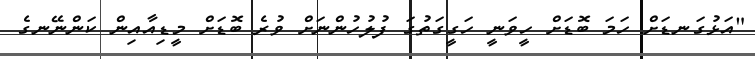
"އަޅުގަނޑަށް ހަމަ ބޮޑަށް ހީވަނީ ހަގީގަތުގަ ފުލުހުންނަށް ވުރެ ބޮޑަށް މީޑިއާއިން ކަންނޭނގެ